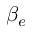
\beta _ { e }